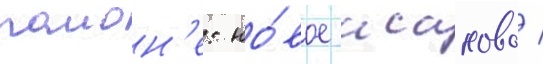
раион'е: но́вое асаново /